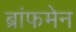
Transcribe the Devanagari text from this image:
ब्रांफमेन